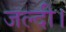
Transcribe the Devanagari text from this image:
जल्दी।